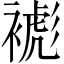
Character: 𧜺